Scottish Leaving Certificate Examination, 1961
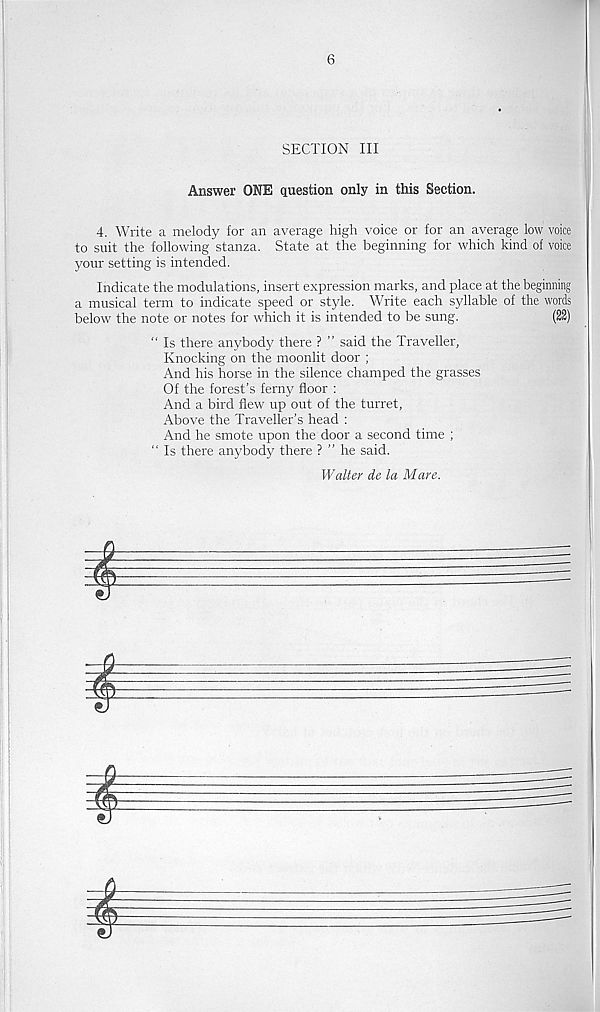
6
SECTION III
Answer ONE question only in this Section.
4. Write a melody for an average high voice or for an average low voice
to suit the following stanza. State at the beginning for which kind of voice
your setting is intended.
Indicate the modulations, insert expression marks, and place at the beginning
a musical term to indicate speed or style. Write each syllable of the words
below the note or notes for which it is intended to be sung.
(22)
“ Is there anybody there ? ” said the Traveller,
Knocking on the moonlit door ;
And his horse in the silence champed the grasses
Of the forest’s ferny floor :
And a bird flew up out of the turret,
Above the Traveller’s head :
And he smote upon the door a second time ;
“ Is there anybody there ? ” he said.
Walter de la Mare.